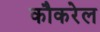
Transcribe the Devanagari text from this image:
कौकरेल